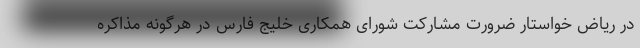
در ریاض خواستار ضرورت مشارکت شورای همکاری خلیج فارس در هرگونه مذاکره